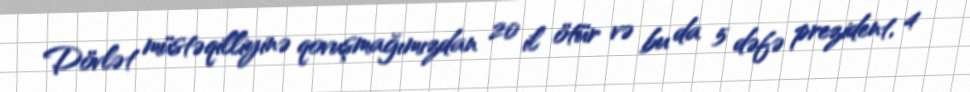
Dövlət müstəqilliyinə qovuşmağımızdan 20 il ötür və bu da 5 dəfə prezident, 4